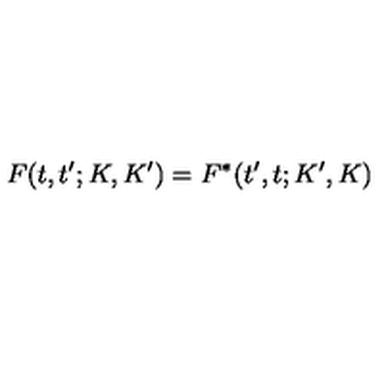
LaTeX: F ( t , t ^ { \prime } ; K , K ^ { \prime } ) = F ^ { \ast } ( t ^ { \prime } , t ; K ^ { \prime } , K )